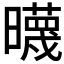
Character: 𣋻